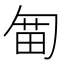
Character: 𠣯